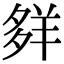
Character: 𦍹